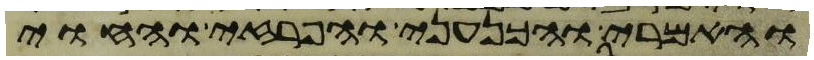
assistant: והאמרי והכנעני והפרזי והחוי